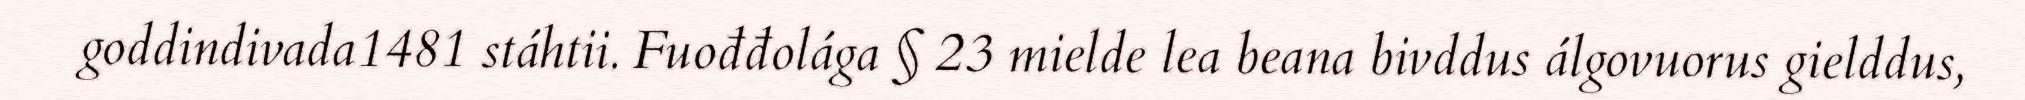
goddindivada1481 stáhtii. Fuođđolága § 23 mielde lea beana bivddus álgovuorus gielddus,